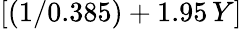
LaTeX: [(1/0.385)+1.95\, Y]